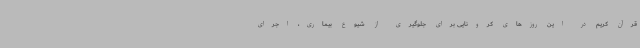
قرآن کریم در این روزهای کرونایی برای جلوگیری از شیوع بیماری، اجرای